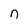
Character: n